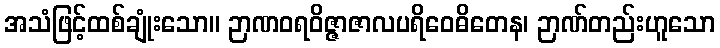
အသံဖြင့်ထစ်ချုံးသော။ ဉာဏဝရဝိဇ္ဇာဇာလပရိဝေဓိတေန၊ ဉာဏ်တည်းဟူသော